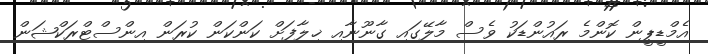
އެމްޑީޕީން ކޮންމެ ރައުންޑަކު ވެސް މާލޭގައި ގާނޫނާއި ޚިލާފަށް ކަންކަން ކުރަން އިންސްޓްރަކްޝަން